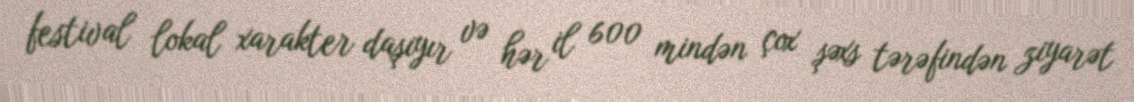
festival lokal xarakter daşıyır və hər il 600 mindən çox şəxs tərəfindən ziyarət